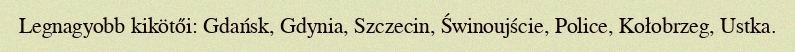
Legnagyobb kikötői: Gdańsk, Gdynia, Szczecin, Świnoujście, Police, Kołobrzeg, Ustka.